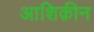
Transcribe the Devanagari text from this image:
आशिक़ीन